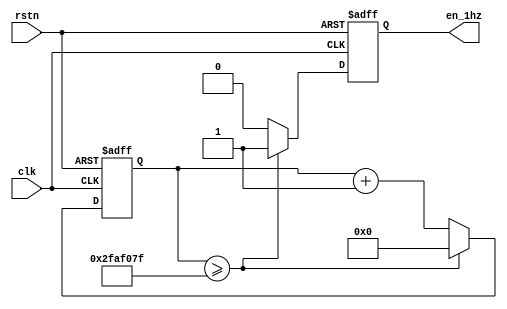
module delay (
    input clk,
    input rstn,
    output reg en_1hz
);

reg[31:0] timer_cnt;                          //1 second , 1 counter enable
always@(posedge clk or negedge rstn)
begin
    if(rstn == 1'b0)
    begin
        en_1hz <= 1'b0;
        timer_cnt <= 32'd0;
    end
    else if(timer_cnt >= 32'd49_999_999)
    begin
        en_1hz <= 1'b1;
        timer_cnt <= 32'd0;
    end
    else
    begin
        en_1hz <= 1'b0;
        timer_cnt <= timer_cnt + 32'd1; 
    end
end

endmodule //delay